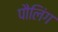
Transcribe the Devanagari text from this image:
पौलिंग